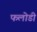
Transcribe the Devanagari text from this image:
फलोडी